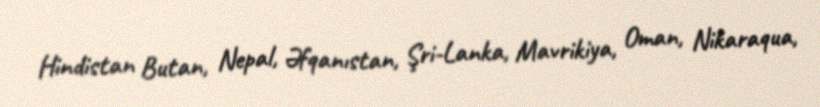
Hindistan Butan, Nepal, Əfqanıstan, Şri-Lanka, Mavrikiya, Oman, Nikaraqua,